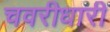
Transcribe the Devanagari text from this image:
चवरीधारी